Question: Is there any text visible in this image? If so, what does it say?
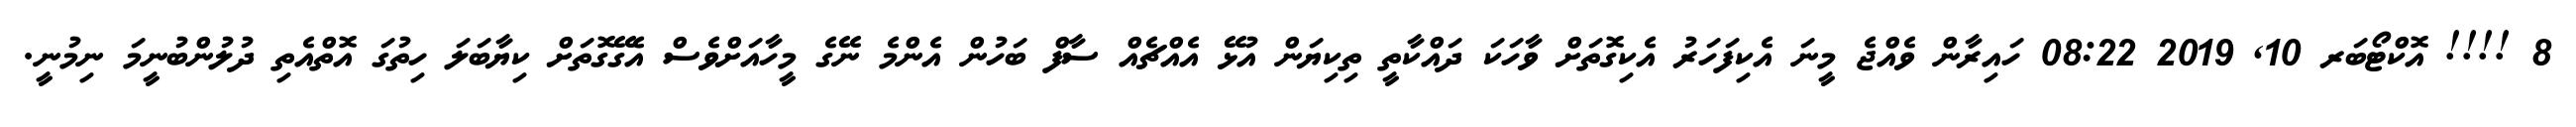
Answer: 8 !!!! އޮކްޓޯބަރ 10, 2019 08:22 ހައިރާން ވެއްޖެ މީނަ އެކިފަހަރު އެކިގޮތަށް ވާހަކަ ދައްކާތީ ތިކިޔަން އުޅޭ އެއްޗެއް ސާފް ބަހުން އެންމެ ނޭގެ މީހާއަށްވެސް އެގޭގޮތަށް ކިޔާބަލަ ހިތުގަ އޮތްއެތި ދުލުންބުނީމަ ނިމުނީ.